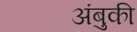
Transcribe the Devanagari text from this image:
अंबुकी